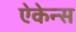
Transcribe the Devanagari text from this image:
ऐकेन्स